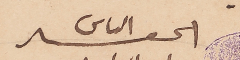
الحقير الياس